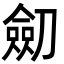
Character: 劎